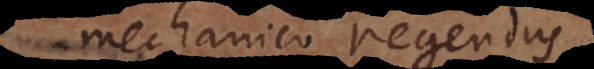
mechanico regendus